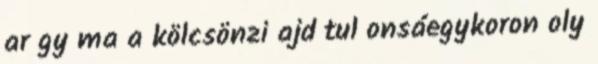
ar gy ma a kölcsönzi ajd tul onsáegykoron oly